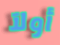
أولآ